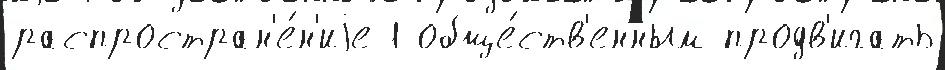
распростран'е́н'иjе 1 обще́ств'енным продв'игать